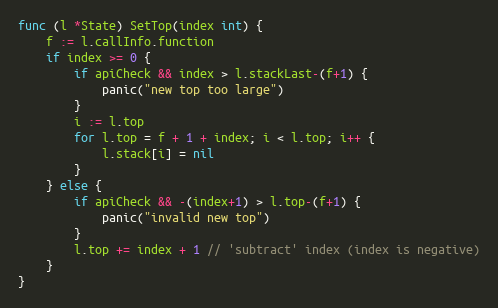
Language: Go
func (l *State) SetTop(index int) {
	f := l.callInfo.function
	if index >= 0 {
		if apiCheck && index > l.stackLast-(f+1) {
			panic("new top too large")
		}
		i := l.top
		for l.top = f + 1 + index; i < l.top; i++ {
			l.stack[i] = nil
		}
	} else {
		if apiCheck && -(index+1) > l.top-(f+1) {
			panic("invalid new top")
		}
		l.top += index + 1 // 'subtract' index (index is negative)
	}
}